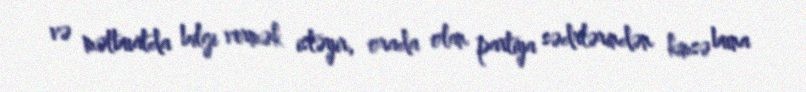
və mətbuatda bilgi vermək istəyir, orada olan partiya sədrlərindən kimsə buna